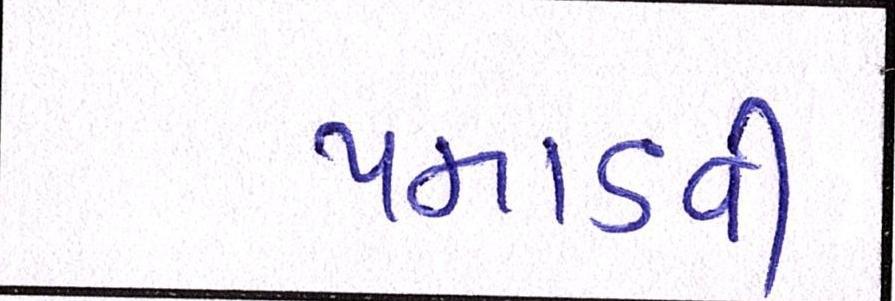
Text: પમાડતી